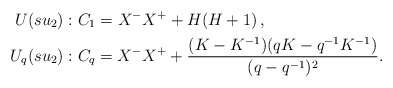
\begin{align*} U(su_2):{}& C_1= X^- X^+ + H(H+1) \,,\\ U_q(su_2):{}& C_q = X^- X^+ + \frac{(K-K^{-1})(qK-q^{-1}K^{-1})}{(q-q^{-1})^2} .\end{align*}